Indian journal of veterinary science and animal husbandry - Volume 12,
Year: 1942
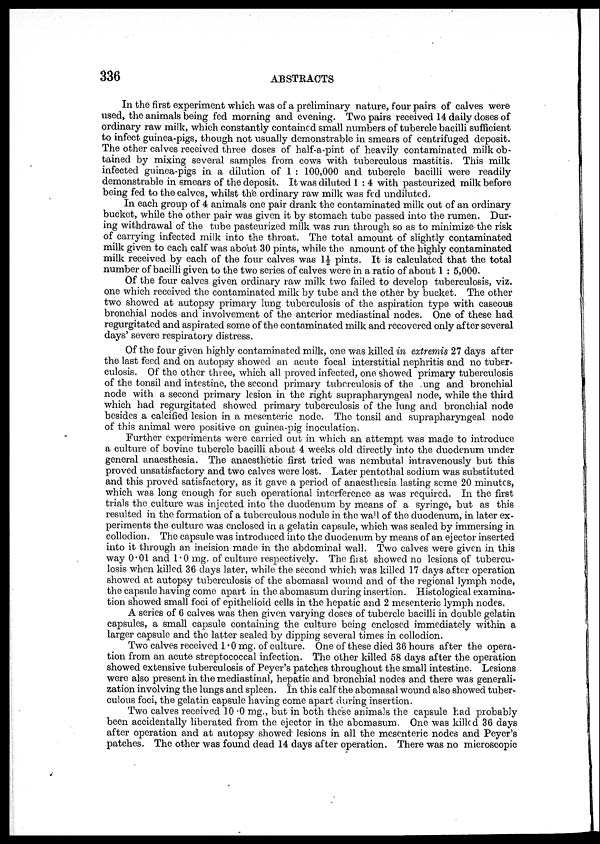
336
ABSTRACTS
In the first experiment which was of a preliminary nature, four pairs of calves were
used, the animals being fed morning and evening. Two pairs received 14 daily doses of
ordinary raw milk, which constantly contained small numbers of tubercle bacilli sufficient
to infect guinea-pigs, though not usually demonstrable in smears of centrifuged deposit.
The other calves received three doses of half-a-pint of heavily contaminated milk ob-
tained by mixing several samples from cows with tuberculous mastitis. This milk
infected guinea-pigs in a dilution of 1 : 100,000 and tubercle bacilli were readily
demonstrable in smears of the deposit. It was diluted 1 : 4 with pasteurized milk before
being fed to the calves, whilst the ordinary raw milk was fed undiluted.
In each group of 4 animals one pair drank the contaminated milk out of an ordinary
bucket, while the other pair was given it by stomach tube passed into the rumen. Dur-
ing withdrawal of the tube pasteurized milk was run through so as to minimize-the risk
of carrying infected milk into the throat. The total amount of slightly contaminated
milk given to each calf was about 30 pints, while the amount of the highly contaminated
milk received by each of the four calves was 1½ pints. It is calculated that the total
number of bacilli given to the two series of calves were in a ratio of about 1 : 5,000.
Of the four calves given ordinary raw milk two failed to develop tuberculosis, viz.
one which received the contaminated milk by tube and the other by bucket. The other
two showed at autopsy primary lung tuberculosis of the aspiration type with caseous
bronchial nodes and involvement of the anterior mediastinal nodes. One of these had
regurgitated and aspirated some of the contaminated milk and recovered only after several
days' severe respiratory distress.
Of the four given highly contaminated milk, one was killed in extremis 27 days after
the last feed and on autopsy showed an acute focal interstitial nephritis and no tuber-
culosis. Of the other three, which all proved infected, one showed primary tuberculosis
of the tonsil and intestine, the second primary tuberculosis of the .ung and bronchial
node with a second primary lesion in the right suprapharyngeal node, while the third
which had regurgitated showed primary tuberculosis of the lung and bronchial node
besides a calcified lesion in a mesenteric node. The tonsil and suprapharyngeal node
of this animal were positive on guinea-pig inoculation.
Further experiments were carried out in which an attempt was made to introduce
a culture of bovine tubercle bacilli about 4 weeks old directly into the duodenum under
general anaesthesia. The anaesthetic first tried was nembutal intravenously but this
proved unsatisfactory and two calves were lost. Later pentothal sodium was substituted
and this proved satisfactory, as it gave a period of anaesthesia lasting some 20 minutes,
which was long enough for such operational interference as was required. In the first
trials the culture was injected into the duodenum by means of a syringe, but as this
resulted in the formation of a tuberculous nodule in the wall of the duodenum, in later ex-
periments the culture was enclosed in a gelatin capsule, which was sealed by immersing in
collodion. The capsule was introduced into the duodenum by means of an ejector inserted
into it through an incision made in the abdominal wall. Two calves were given in this
way 0.01 and 1.0 mg. of culture respectively. The first showed no lesions of tubercu-
losis when killed 36 days later, while the second which was killed 17 days after operation
showed at autopsy tuberculosis of the abomasal wound and of the regional lymph node,
the capsule having come apart in the abomasum during insertion. Histological examina-
tion showed small foci of epithelioid cells in the hepatic and 2 mesenteric lymph nodes.
A series of 6 calves was then given varying doses of tubercle bacilli in double gelatin
capsules, a small capsule containing the culture being enclosed immediately within a
larger capsule and the latter sealed by dipping several times in collodion.
Two calves received 1.0 mg. of culture. One of these died 36 hours after the opera-
tion from an acute streptococcal infection. The other killed 58 days after the operation
showed extensive tuberculosis of Peyer's patches throughout the small intestine. Lesions
were also present in the mediastinal, hepatic and bronchial nodes and there was generali-
zation involving the lungs and spleen. In this calf the abomasal wound also showed tuber-
culous foci, the gelatin capsule having come apart during insertion.
Two calves received 10.0 mg., but in both these animals the capsule had probably
been accidentally liberated from the ejector in the abomasum. One was killed 36 days
after operation and at autopsy showed lesions in all the mesenteric nodes and Peyer's
patches. The other was found dead 14 days after operation. There was no microscopic